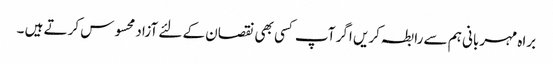
براہ مہربانی ہم سے رابطہ کریں اگر آپ کسی بھی نقصان کے لئے آزاد محسوس کرتے ہیں ۔